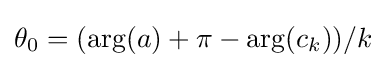
\theta _{0}=(\arg(a)+\pi -\arg(c_{k}))/k